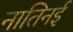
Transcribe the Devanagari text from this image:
नातिनई